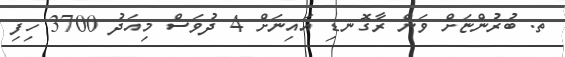
ތ. ބުރުންޏަށް ވަން ރާގޮނޑި އައިނަށް 4 ދުވަސް މިއަދު 3700 ހިފި